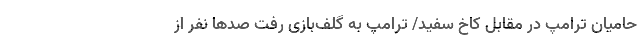
حامیان ترامپ در مقابل کاخ سفید/ ترامپ به گلف‌بازی رفت صدها نفر از